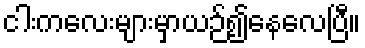
ငါးကလေးများမှာယဉ်၍နေလေပြီ။